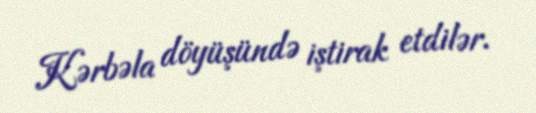
Kərbəla döyüşündə iştirak etdilər.